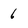
Character: 6